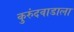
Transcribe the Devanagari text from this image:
कुरुंदवाडाला